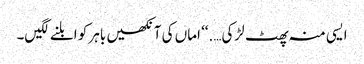
ایسی منہ پھٹ لڑکی….‘‘ اماں کی آنکھیں باہر کو ابلنے لگیں۔